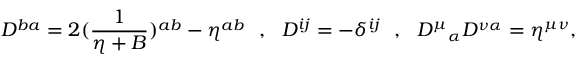
D ^ { b a } = 2 ( { \frac { 1 } { \eta + B } } ) ^ { a b } - \eta ^ { a b } \, \, \, \, , \, \, \, \, D ^ { i j } = - \delta ^ { i j } \, \, \, \, , \, \, \, \, { D ^ { \mu } } _ { \alpha } D ^ { \nu \alpha } = \eta ^ { \mu \nu } ,